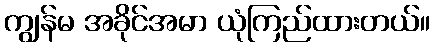
ကျွန်မ အခိုင်အမာ ယုံကြည်ထားတယ်။